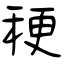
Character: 稉